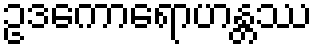
ဥဒကောရောဟန္တဿ